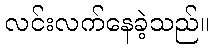
လင်းလက်နေခဲ့သည်။